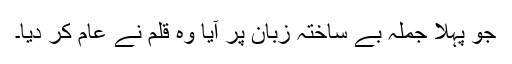
جو پہلا جملہ بے ساختہ زبان پر آیا وہ قلم نے عام کر دیا۔